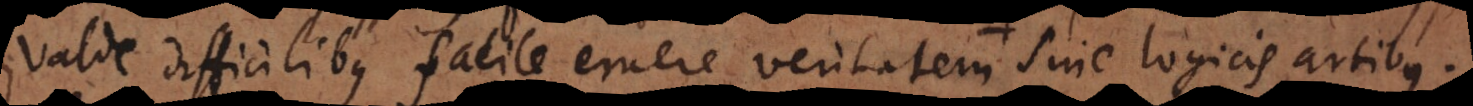
valde difficilibus facile eruere veritatem, sine logicis artibus.